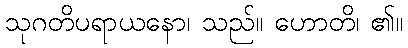
သုဂတိပရာယနော၊ သည်။ ဟောတိ၊ ၏။